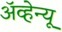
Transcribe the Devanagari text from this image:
अॅव्हेन्यू